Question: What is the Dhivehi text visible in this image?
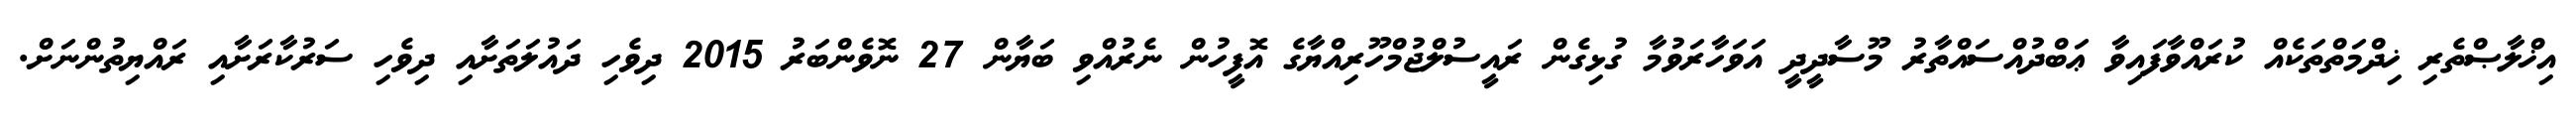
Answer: އިޚްލާޞްތެރި ޚިދްމަތްތަކެއް ކުރައްވާފައިވާ ޢަބްދުއްސައްތާރު މޫސާދީދީ އަވަހާރަވުމާ ގުޅިގެން ރައީސުލްޖުމްހޫރިއްޔާގެ އޮފީހުން ނެރުއްވި ބަޔާން 27 ނޮވެންބަރު 2015 ދިވެހި ދައުލަތަށާއި ދިވެހި ސަރުކާރަށާއި ރައްޔިތުންނަށް.